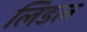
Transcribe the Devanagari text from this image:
लिडल